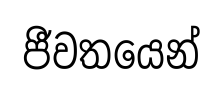
ජීවතයෙන්